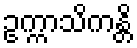
ဥက္ကာသိကန္တိ